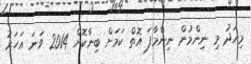
މިއަދު މި ނިންމުން ނިންމާފަ އޮތް ކަމަށް ބިނާކޮށް 2014 ވަނަ އަހަރު